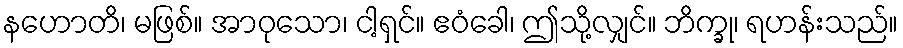
နဟောတိ၊ မဖြစ်။ အာဝုသော၊ ငါ့ရှင်။ ဧဝံခေါ၊ ဤသို့လျှင်။ ဘိက္ခု၊ ရဟန်းသည်။